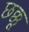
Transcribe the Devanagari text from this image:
छक्कू